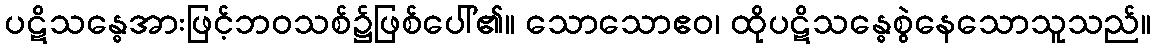
ပဋိသန္ဓေအားဖြင့်ဘဝသစ်၌ဖြစ်ပေါ်၏။ သောသောဧဝ၊ ထိုပဋိသန္ဓေစွဲနေသောသူသည်။